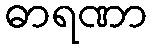
ဓာရဏာ